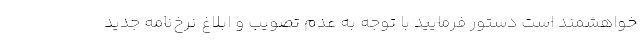
خواهشمند است دستور فرمایید با توجه به عدم تصویب و ابلاغ نرخ‌نامه جدید